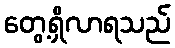
တွေ့ရှိလာရသည်